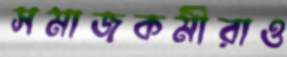
সমাজকর্মীরাও